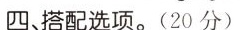
四 搭配选项.(20 分)